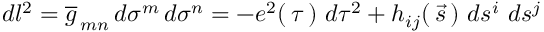
d l ^ { 2 } = \overline { { g } } _ { \, m n } \, d \sigma ^ { m } \, d \sigma ^ { n } = - e ^ { 2 } ( \, \tau \, ) \, \, d \tau ^ { 2 } + h _ { i j } ( \, \vec { s } \, ) \, \, d s ^ { i } \, \, d s ^ { j }